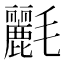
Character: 𣰿